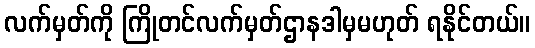
လက်မှတ်ကို ကြိုတင်လက်မှတ်ဌာနဒါမှမဟုတ် ရနိုင်တယ်။